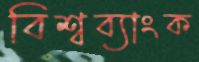
বিশ্বব্যাংক